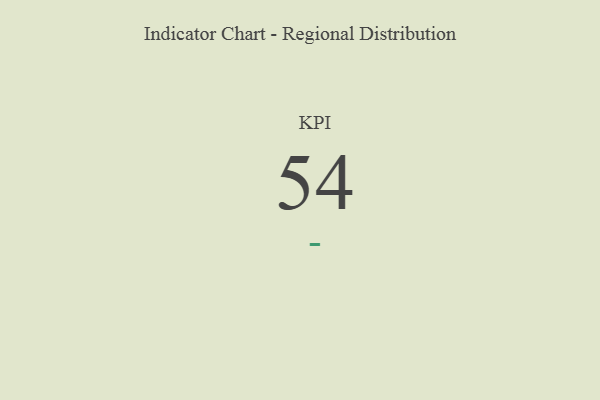
{"axis": {"x": "KPI", "y": "Value"}, "legend": [""], "data": [{"x": "KPI", "y": 54, "type": ""}]}